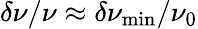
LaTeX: \delta\nu/\nu\approx\delta\nu_{\mathrm{min}}/\nu_{0}